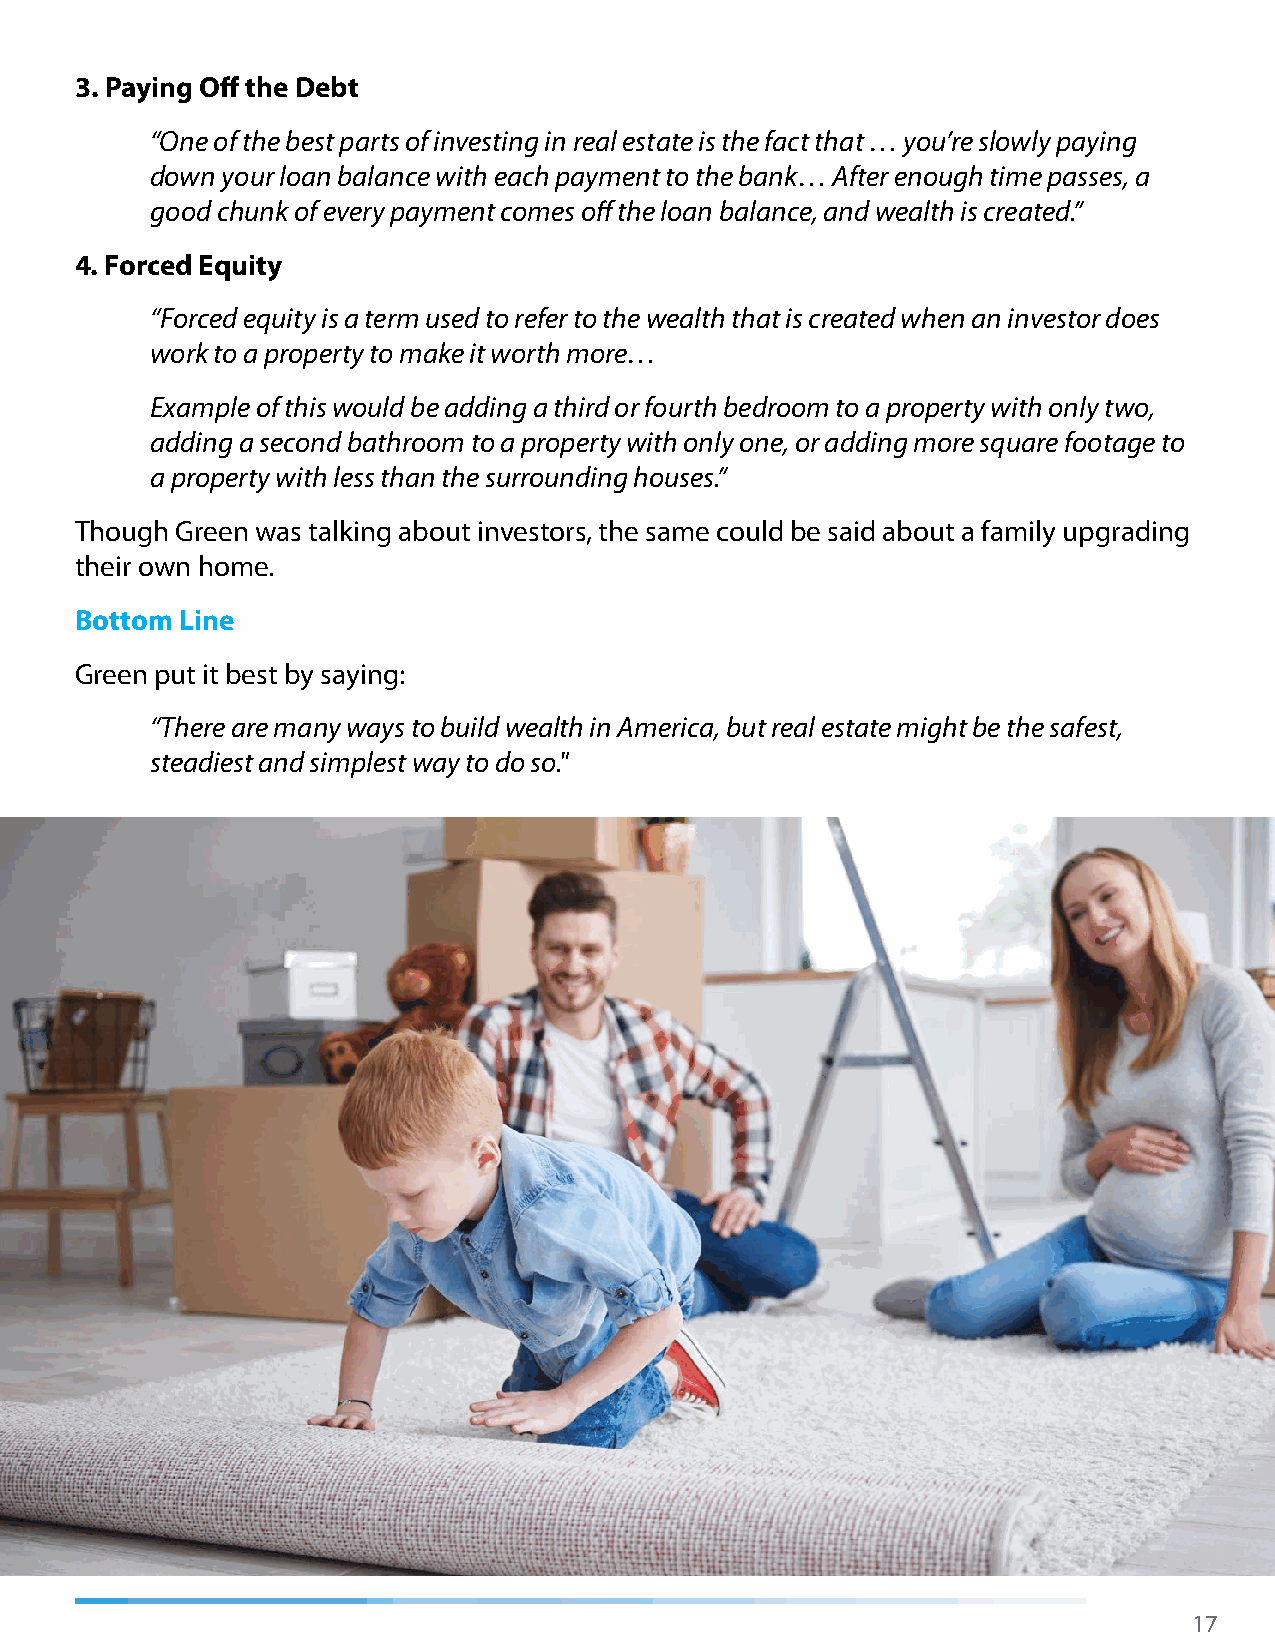
3. Paying Off the Debt
 “One of the best parts of investing in real estate is the fact that … you’re slowly paying
 down your loan balance with each payment to the bank… After enough time passes, a
 good chunk of every payment comes off the loan balance, and wealth is created.”
 4. Forced Equity
 “Forced equity is a term used to refer to the wealth that is created when an investor does
 work to a property to make it worth more…
 Example of this would be adding a third or fourth bedroom to a property with only two,
 adding a second bathroom to a property with only one, or adding more square footage to
 a property with less than the surrounding houses.”
 Though Green was talking about investors, the same could be said about a family upgrading
 their own home.
 Bottom Line
 Green put it best by saying:
 “There are many ways to build wealth in America, but real estate might be the safest,
 steadiest and simplest way to do so."
 17